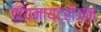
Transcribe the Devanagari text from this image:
डायनायट्रोजन